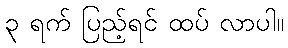
၃ ရက် ပြည့်ရင် ထပ် လာပါ။